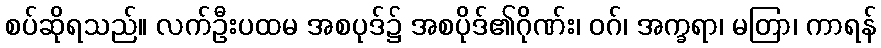
စပ်ဆိုရသည်။ လက်ဦးပထမ အစပုဒ်၌ အစပိုဒ်၏ဂိုဏ်း၊ ဝဂ်၊ အက္ခရာ၊ မတြာ၊ ကာရန်